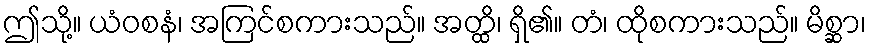
ဤသို့။ ယံဝစနံ၊ အကြင်စကားသည်။ အတ္ထိ၊ ရှိ၏။ တံ၊ ထိုစကားသည်။ မိစ္ဆာ၊